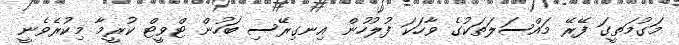
މަގުމަތީގަ ފޭރޭ މައްސަލަތަކުގެ ވާހަކަ ފުލުހުން އިނގިރޭސި ބަހުން ޓްވީޓް ކުރީމާ މިކުރެވެނީ